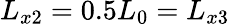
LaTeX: L_{x2}=0.5L_{0}=L_{x3}